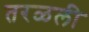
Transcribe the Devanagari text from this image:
तरळली